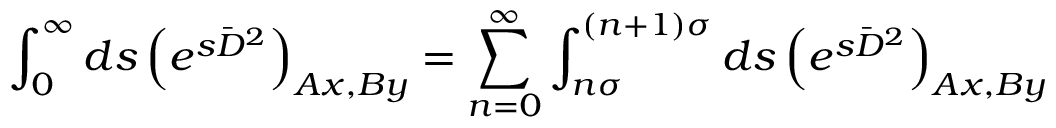
\int _ { 0 } ^ { \infty } d s \left( e ^ { s \bar { D } ^ { 2 } } \right) _ { A x , B y } = \sum _ { n = 0 } ^ { \infty } \int _ { n \sigma } ^ { ( n + 1 ) \sigma } d s \left( e ^ { s \bar { D } ^ { 2 } } \right) _ { A x , B y }